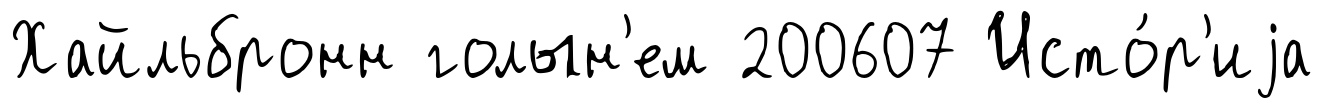
Хайльбронн голын'ем 200607 Исто́р'иjа